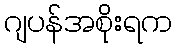
ဂျပန်အစိုးရက